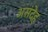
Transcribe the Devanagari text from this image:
असंदेह